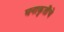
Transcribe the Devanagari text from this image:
घनाकृतींचे